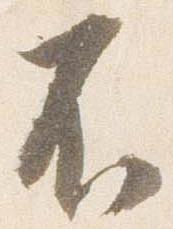
不